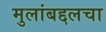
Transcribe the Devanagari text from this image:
मुलांबद्दलचा